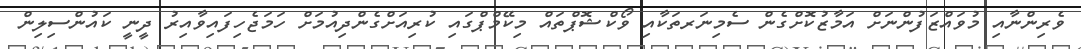
ވެރިންނާއި މުވައްޒަފުންނަށް އަމާޒުކޮށްގެން ސެމިނަރތަކާއި ވޯކްޝޮޕްތައް މިކޭމްޕްގައި ކުރިއަށްގެންދިއުމަށް ހަމަޖެހިފައިވާއިރު ދީނީ ކައުންސިލިން